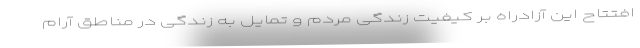
افتتاح این آزادراه بر کیفیت زندگی مردم و تمایل به زندگی در مناطق آرام